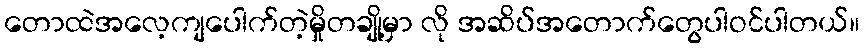
တောထဲအလေ့ကျပေါက်တဲ့မှိုတချို့မှာ လို အဆိပ်အတောက်တွေပါဝင်ပါတယ်။